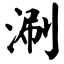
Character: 涮